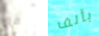
فوز بألف